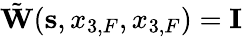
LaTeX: \tilde{\mathbf W}({\mathbf s},x_{3,F},x_{3,F})={\mathbf I}